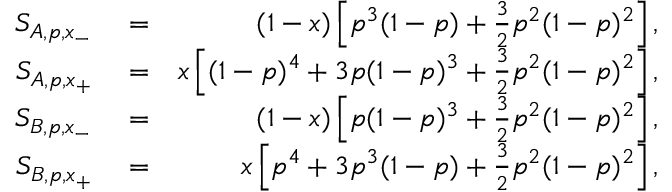
\begin{array} { r l r } { S _ { A , p , x _ { - } } } & { { } = } & { ( 1 - x ) \left[ p ^ { 3 } ( 1 - p ) + \frac { 3 } { 2 } p ^ { 2 } ( 1 - p ) ^ { 2 } \right] , } \\ { S _ { A , p , x _ { + } } } & { { } = } & { x \left[ ( 1 - p ) ^ { 4 } + 3 p ( 1 - p ) ^ { 3 } + \frac { 3 } { 2 } p ^ { 2 } ( 1 - p ) ^ { 2 } \right] , } \\ { S _ { B , p , x _ { - } } } & { { } = } & { ( 1 - x ) \left[ p ( 1 - p ) ^ { 3 } + \frac { 3 } { 2 } p ^ { 2 } ( 1 - p ) ^ { 2 } \right] , } \\ { S _ { B , p , x _ { + } } } & { { } = } & { x \left[ p ^ { 4 } + 3 p ^ { 3 } ( 1 - p ) + \frac { 3 } { 2 } p ^ { 2 } ( 1 - p ) ^ { 2 } \right] , } \end{array}